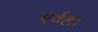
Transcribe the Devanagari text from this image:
एर्वला